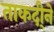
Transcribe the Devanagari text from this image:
ताकदी्ने